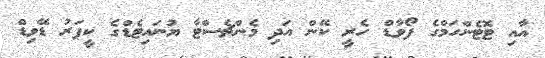
އާއި ޓޮޓެންހަމްގެ ފޯވާޑް ހެރީ ކޭން އަދި މެންޗެސްޓާ ޔުނައިޓެޑްގެ ކީޕަރު ޑޭވިޑް